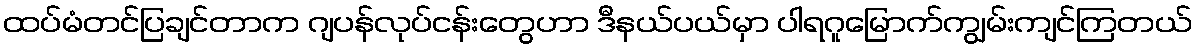
ထပ်မံတင်ပြချင်တာက ဂျပန်လုပ်ငန်းတွေဟာ ဒီနယ်ပယ်မှာ ပါရဂူမြောက်ကျွမ်းကျင်ကြတယ်